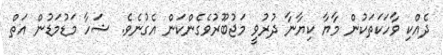
ދެއްކި ވާހަކަތަކުން މާޔާ ކިޔާނާ ދުރުވީ މަޖުބޫރުވެގެންކަން އެގުނެވެ. ޝަހާ މަޑުމަޑުން އަތް